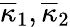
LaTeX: \overline{{\kappa}}_{1},\overline{{\kappa}}_{2}